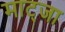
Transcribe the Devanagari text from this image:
माट्जा